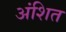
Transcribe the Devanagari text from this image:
अंशित